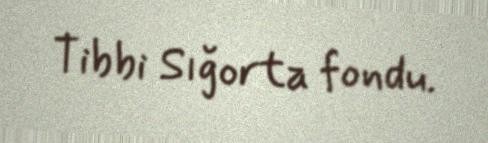
Tibbi Sığorta fondu.